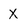
Character: X